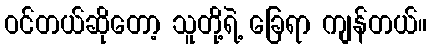
ဝင်တယ်ဆိုတော့ သူတို့ရဲ့ ခြေရာ ကျန်တယ်။